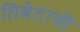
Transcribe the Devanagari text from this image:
तिबेटाची